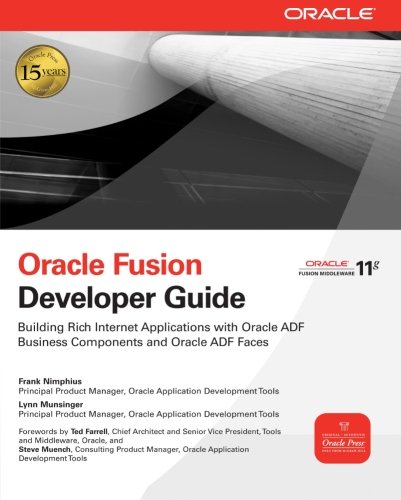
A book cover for Oracle Fusion Developer Guide: Building Rich Internet Applications with Oracle ADF Business Components and Oracle ADF Faces (Oracle Press); Frank Nimphius; Computers & Technology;